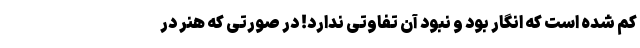
کم شده است که انگار بود و نبود آن تفاوتی ندارد! در صورتی که هنر در